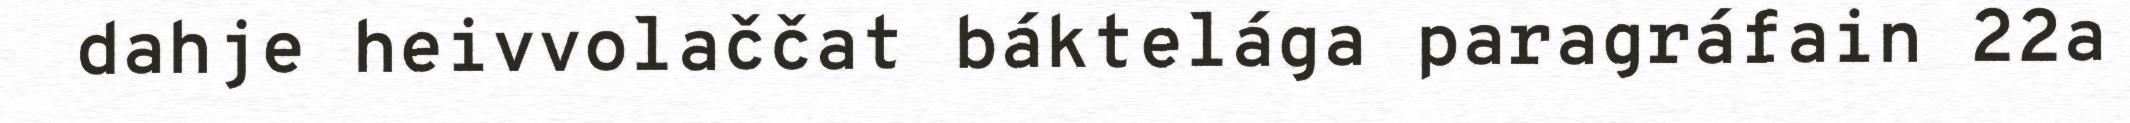
dahje heivvolaččat báktelága paragráfain 22a